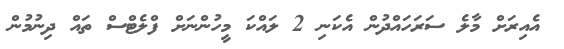
އެއިރަށް މާލެ ސަރަހައްދުން އެކަނި 2 ލައްކަ މީހުންނަށް ފްލެޓްސް ތައް ދިނުމުން